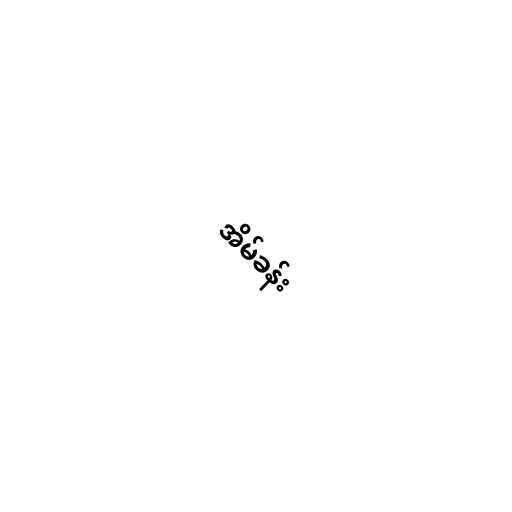
အိမ်ခန်း